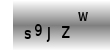
Text: s9JZw